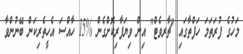
މަހުގެ ފުރަތަމަ ހަފްތާގައި "ޗާރވެޓް" އިން ވިޔަފާރިކޮށްގެން %15 ހާއްސަ އެހީތެރިކަން ބޭނުންވާ